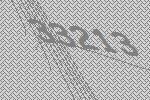
33213